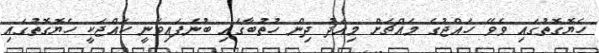
ހެޔޮގޮތުގައި ވެވޭ ހައްޖުގެ މައްޗަށް މިއަދު ދިން ހުތުބާގައި ބުނެފައިވަނީ ހައްޖަކީ ހެޔޮގޮތުގައި